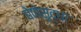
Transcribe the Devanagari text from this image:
घेणेसुद्धा